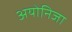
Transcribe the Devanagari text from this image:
अयोनिजा